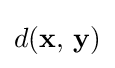
d(\mathbf {x} ,\,\mathbf {y} )